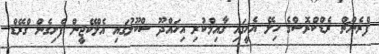
ފްރެންޗް ރެޑްކްރޮސްގެ ހިލޭ އެހީގައި ގާއިމްކުރި އިހައްދޫ ސްކޫލުގައި އެލްކޭޖީން ފެށިގެން ގްރޭޑް